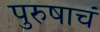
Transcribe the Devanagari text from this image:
पुरुषाचं